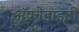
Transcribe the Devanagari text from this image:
ॲफ्रोडाइटी